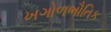
ખગોળભૌતિક